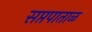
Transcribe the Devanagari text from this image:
सप्तपाताळ